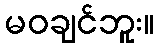
မဝချင်ဘူး။